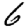
Digit: 6